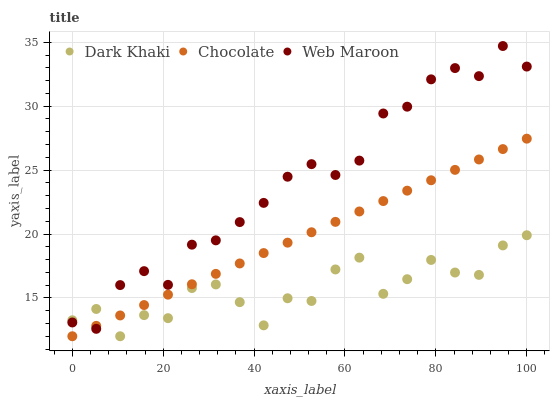
| xaxis_label | Dark Khaki | Chocolate | Web Maroon |
 | --- | --- | --- | --- |
 | 0 | 13.3 | 12 | 13.1 |
 | 5.26 | 14.1 | 12.8 | 12.6 |
 | 10.5 | 12 | 13.6 | 16 |
 | 15.8 | 13.7 | 14.4 | 17.1 |
 | 21.1 | 13.4 | 15.3 | 16 |
 | 26.3 | 15.8 | 16.1 | 19.2 |
 | 31.6 | 16.1 | 16.9 | 19.5 |
 | 36.8 | 14.7 | 17.7 | 20.9 |
 | 42.1 | 12.9 | 18.5 | 22.4 |
 | 47.4 | 15 | 19.3 | 24.5 |
 | 52.6 | 14.8 | 20.1 | 25.5 |
 | 57.9 | 17.2 | 21 | 24.6 |
 | 63.2 | 18.2 | 21.8 | 25.7 |
 | 68.4 | 15.3 | 22.6 | 29.4 |
 | 73.7 | 16.5 | 23.4 | 30 |
 | 78.9 | 18 | 24.2 | 32.1 |
 | 84.2 | 17 | 25 | 33 |
 | 89.5 | 16.8 | 25.8 | 32.4 |
 | 94.7 | 19.1 | 26.6 | 34.7 |
 | 100 | 19.9 | 27.5 | 33.1 |